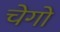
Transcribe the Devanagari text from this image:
चेगो